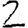
Digit: 2